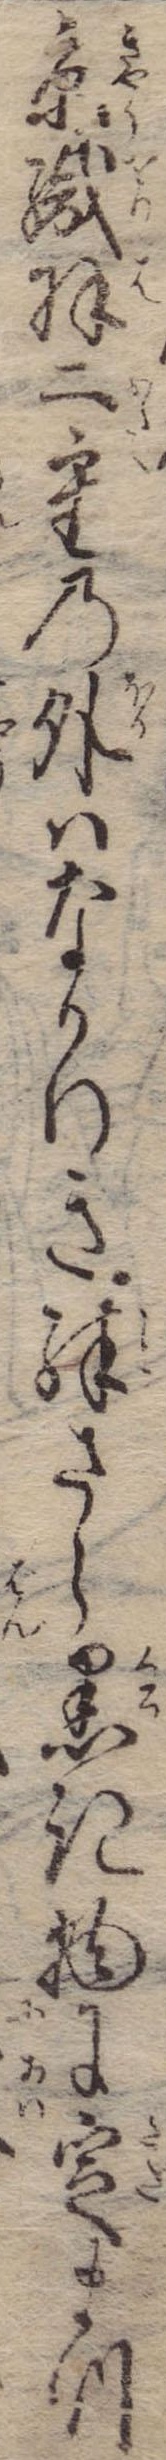
京織羽二重の外はなかりき殊さら黒き物に定まつ